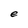
Character: e